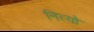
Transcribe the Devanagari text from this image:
नित्यो